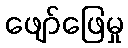
ဖျော်ဖြေမှု